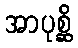
အာပုစ္ဆိ